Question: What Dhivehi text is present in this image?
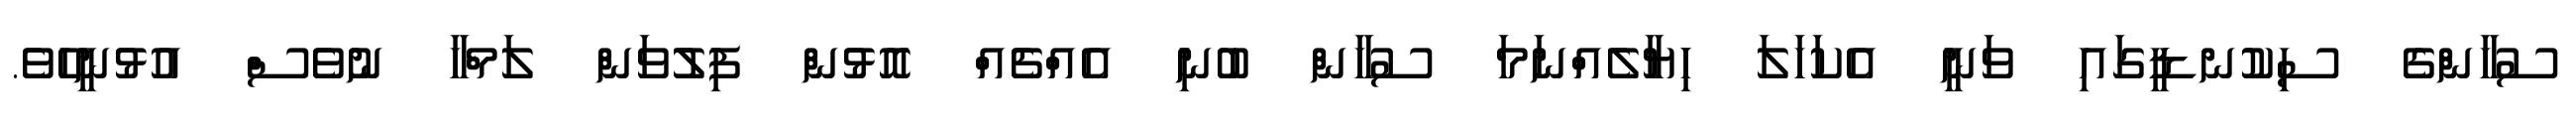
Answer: ސުހާންގެ ސިކުނޑީގައި ވަނީ އެކަހަލަ ހިޔާލެއްނަމަ ސުހާން ބުނި އެއްޗެއް އޮޅުން ފިލުވަން ލަމްހާ ނުވެސް އުޅުނީހެވެ.